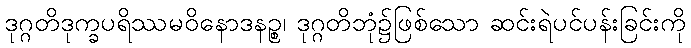
ဒုဂ္ဂတိဒုက္ခပရိဿမဝိနောဒနဉ္စ၊ ဒုဂ္ဂတိဘုံ၌ဖြစ်သော ဆင်းရဲပင်ပန်းခြင်းကို